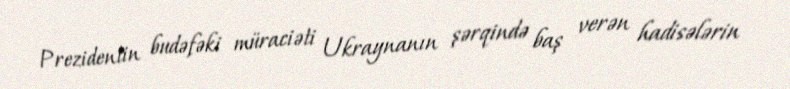
Prezidentin budəfəki müraciəti Ukraynanın şərqində baş verən hadisələrin